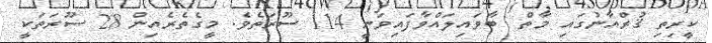
ކީރިތި ޤުރްއާނުގައި މާތް  ބާވައިލައްވާފައިވަނީ 114 ސޫރަތެވެ. މީގެތެރެއިން 28 ސޫރަތަކީ